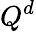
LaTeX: Q^{d}